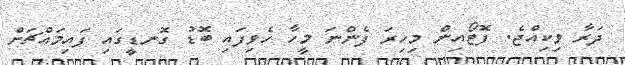
ދަރާ ވިކިއްޖެ. ފޮޓޯއިން މިހިރަ ފެންނަ މީހާ ހެވިފައި ބޮޑު ގޮނޑީގައި ފައިމައްޗަށް